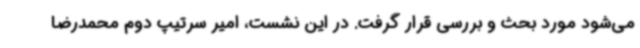
می‌شود مورد بحث و بررسی قرار گرفت. در این نشست، امیر سرتیپ دوم محمدرضا